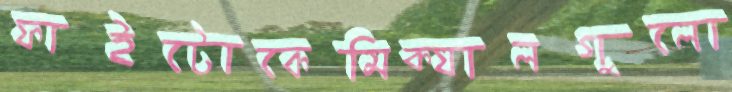
ফাইটোকেমিক্যালগুলো